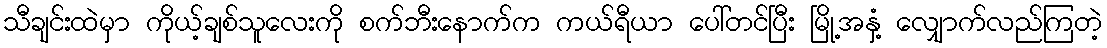
သီချင်းထဲမှာ ကိုယ့်ချစ်သူလေးကို စက်ဘီးနောက်က ကယ်ရီယာ ပေါ်တင်ပြီး မြို့အနှံ့ လျှောက်လည်ကြတဲ့